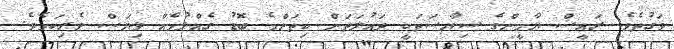
ވަގުތެވެ. ރައީސް ޔާމީންގެ ސިޔާސަތަކީ ދައުލަތަށް ކިތަންމެ ބޮޑު ގެއްލުމެއް ވިޔަސް ވެރިކަމެވެ.